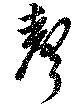
声